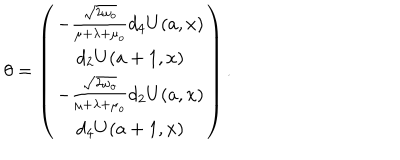
LaTeX: \theta = \left( \begin{array} { c } { { - \frac { \sqrt { 2 \omega _ { o } } } { \mu + \lambda + \mu _ { o } } d _ { 4 } U ( a , x ) } } \\ { { d _ { 2 } U ( a + 1 , x ) } } \\ { { - \frac { \sqrt { 2 \omega _ { o } } } { \mu + \lambda + \mu _ { o } } d _ { 2 } U ( a , x ) } } \\ { { d _ { 4 } U ( a + 1 , x ) } } \\ \end{array} \right) .